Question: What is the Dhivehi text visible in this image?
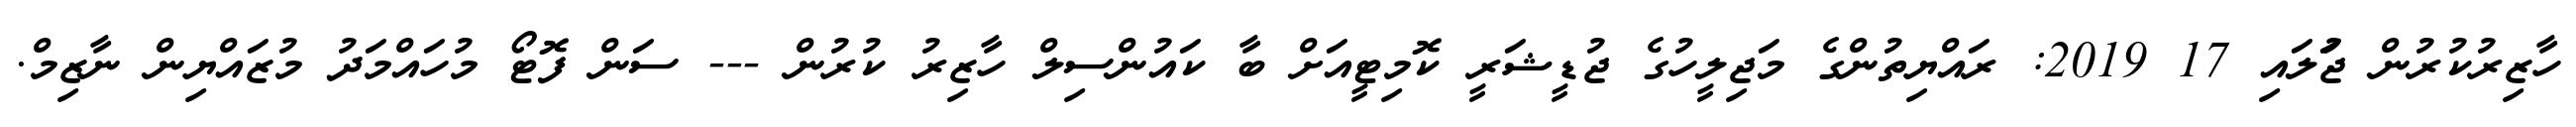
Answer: ހާޒިރުކުރުން ޖުަލައި 17 2019: ރައްޔިތުންގެ މަޖިލީހުގެ ޖުޑީޝަރީ ކޮމިޓީއަށް ބާ ކައުންސިލް ހާޒިރު ކުރުން --- ސަން ފޮޓޯ މުހައްމަދު މުޒައްޔިން ނާޒިމް.